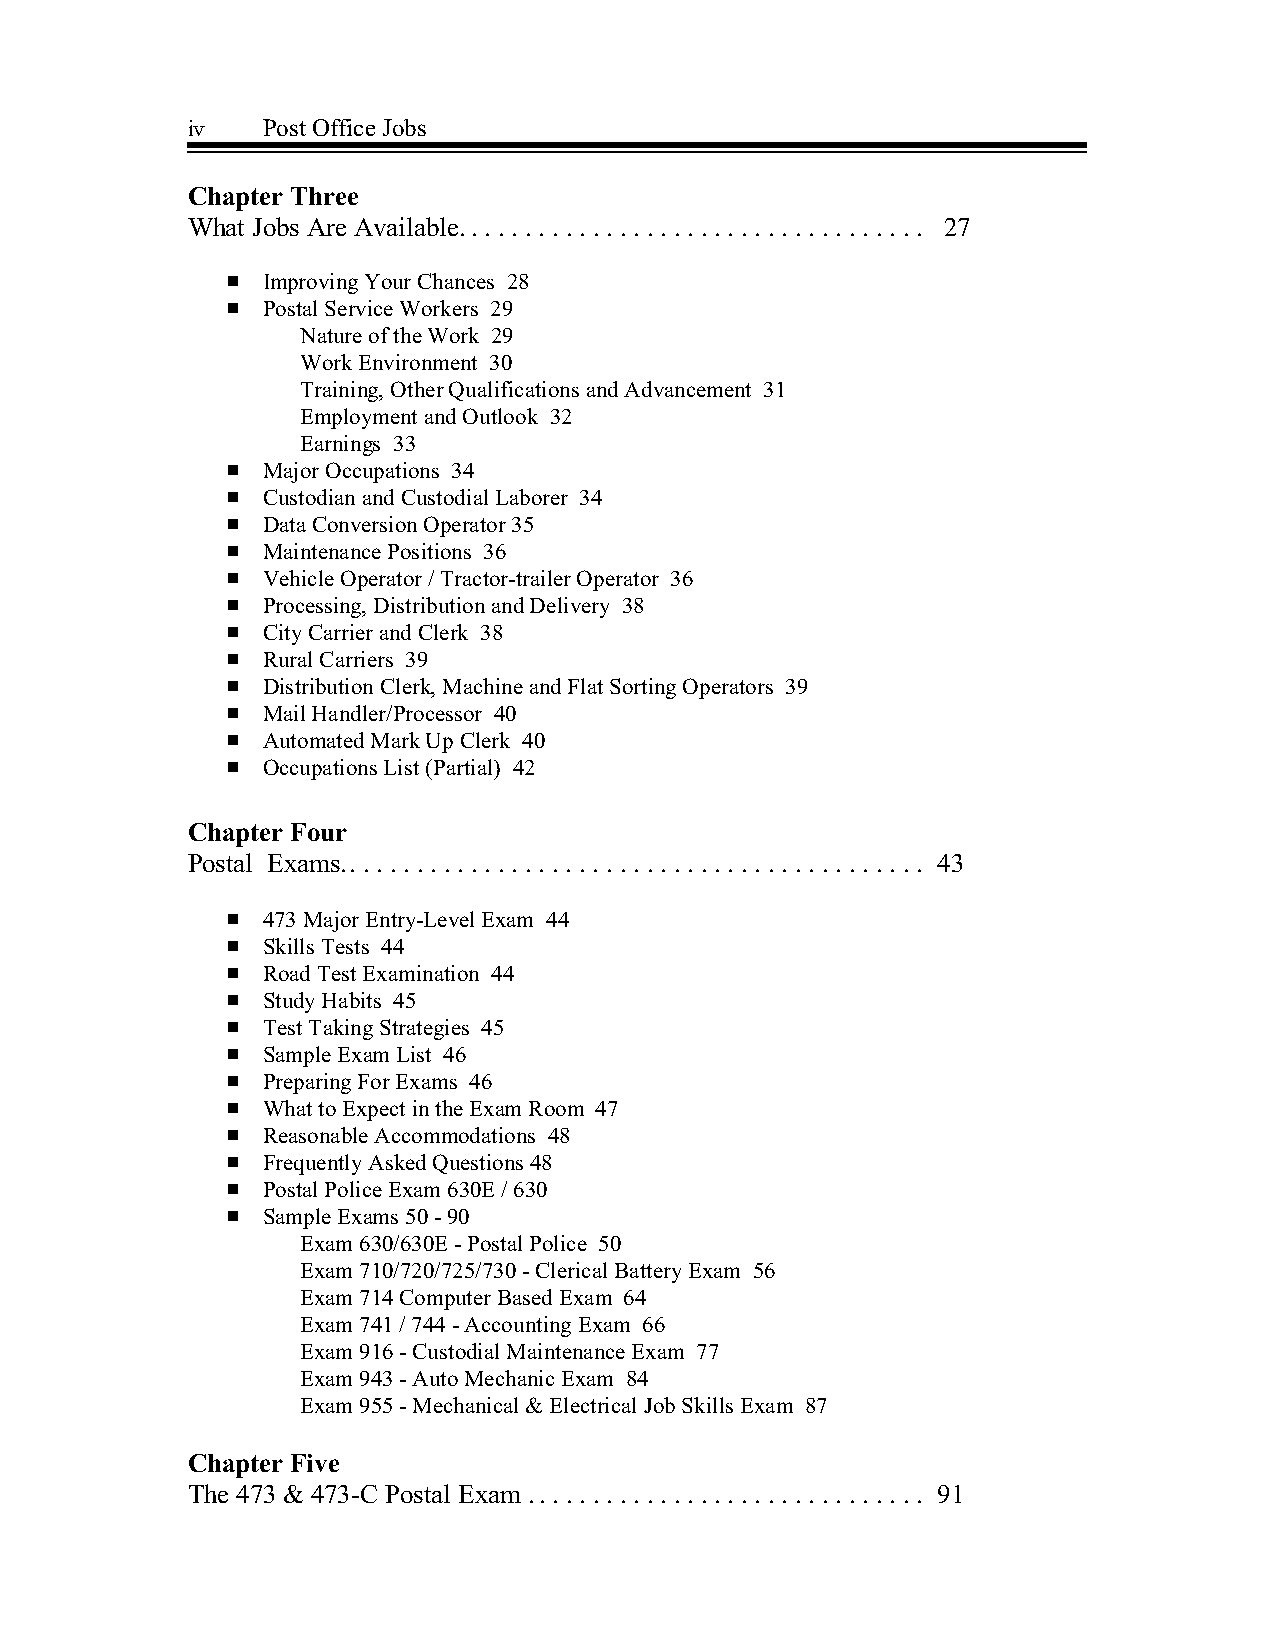
iv   Post Office Jobs
 Chapter Three
 What Jobs Are Available.. . . . . . . . . . . . . . . . . . . . . . . . . . . . . . . . . . 27
 # Improving Your Chances 28
 # Postal Service Workers 29
 Nature of the Work 29
 Work Environment 30
 Training, Other Qualifications and Advancement 31
 Employment and Outlook 32
 Earnings 33
 # Major Occupations 34
 # Custodian and Custodial Laborer 34
 # Data Conversion Operator 35
 # Maintenance Positions 36
 # Vehicle Operator / Tractor-trailer Operator 36
 # Processing, Distribution and Delivery 38
 # City Carrier and Clerk 38
 # Rural Carriers 39
 # Distribution Clerk, Machine and Flat Sorting Operators 39
 # Mail Handler/Processor 40
 # Automated Mark Up Clerk 40
 # Occupations List (Partial) 42
 Chapter Four
 Postal Exams.. . . . . . . . . . . . . . . . . . . . . . . . . . . . . . . . . . . . . . . . . . . 43
 # 473 Major Entry-Level Exam 44
 # Skills Tests 44
 # Road Test Examination 44
 # Study Habits 45
 # Test Taking Strategies 45
 # Sample Exam List 46
 # Preparing For Exams 46
 # What to Expect in the Exam Room 47
 # Reasonable Accommodations 48
 # Frequently Asked Questions 48
 # Postal Police Exam 630E / 630
 # Sample Exams 50 - 90
 Exam 630/630E - Postal Police 50
 Exam 710/720/725/730 - Clerical Battery Exam 56
 Exam 714 Computer Based Exam 64
 Exam 741 / 744 - Accounting Exam 66
 Exam 916 - Custodial Maintenance Exam 77
 Exam 943 - Auto Mechanic Exam 84
 Exam 955 - Mechanical & Electrical Job Skills Exam 87
 Chapter Five
 The 473 & 473-C Postal Exam .. . . . . . . . . . . . . . . . . . . . . . . . . . . . . 91